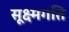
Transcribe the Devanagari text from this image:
सूक्ष्‍मगति